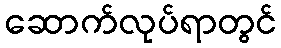
ဆောက်လုပ်ရာတွင်